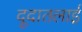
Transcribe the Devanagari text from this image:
दूदातलाई